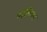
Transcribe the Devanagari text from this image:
परेलिगल